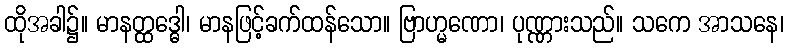
ထိုအခါ၌။ မာနတ္ထဒ္ဓေါ၊ မာနဖြင့်ခက်ထန်သော။ ဗြာဟ္မဏော၊ ပုဏ္ဏားသည်။ သကေ အာသနေ၊